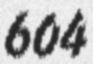
604